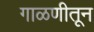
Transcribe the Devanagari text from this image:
गाळणीतून